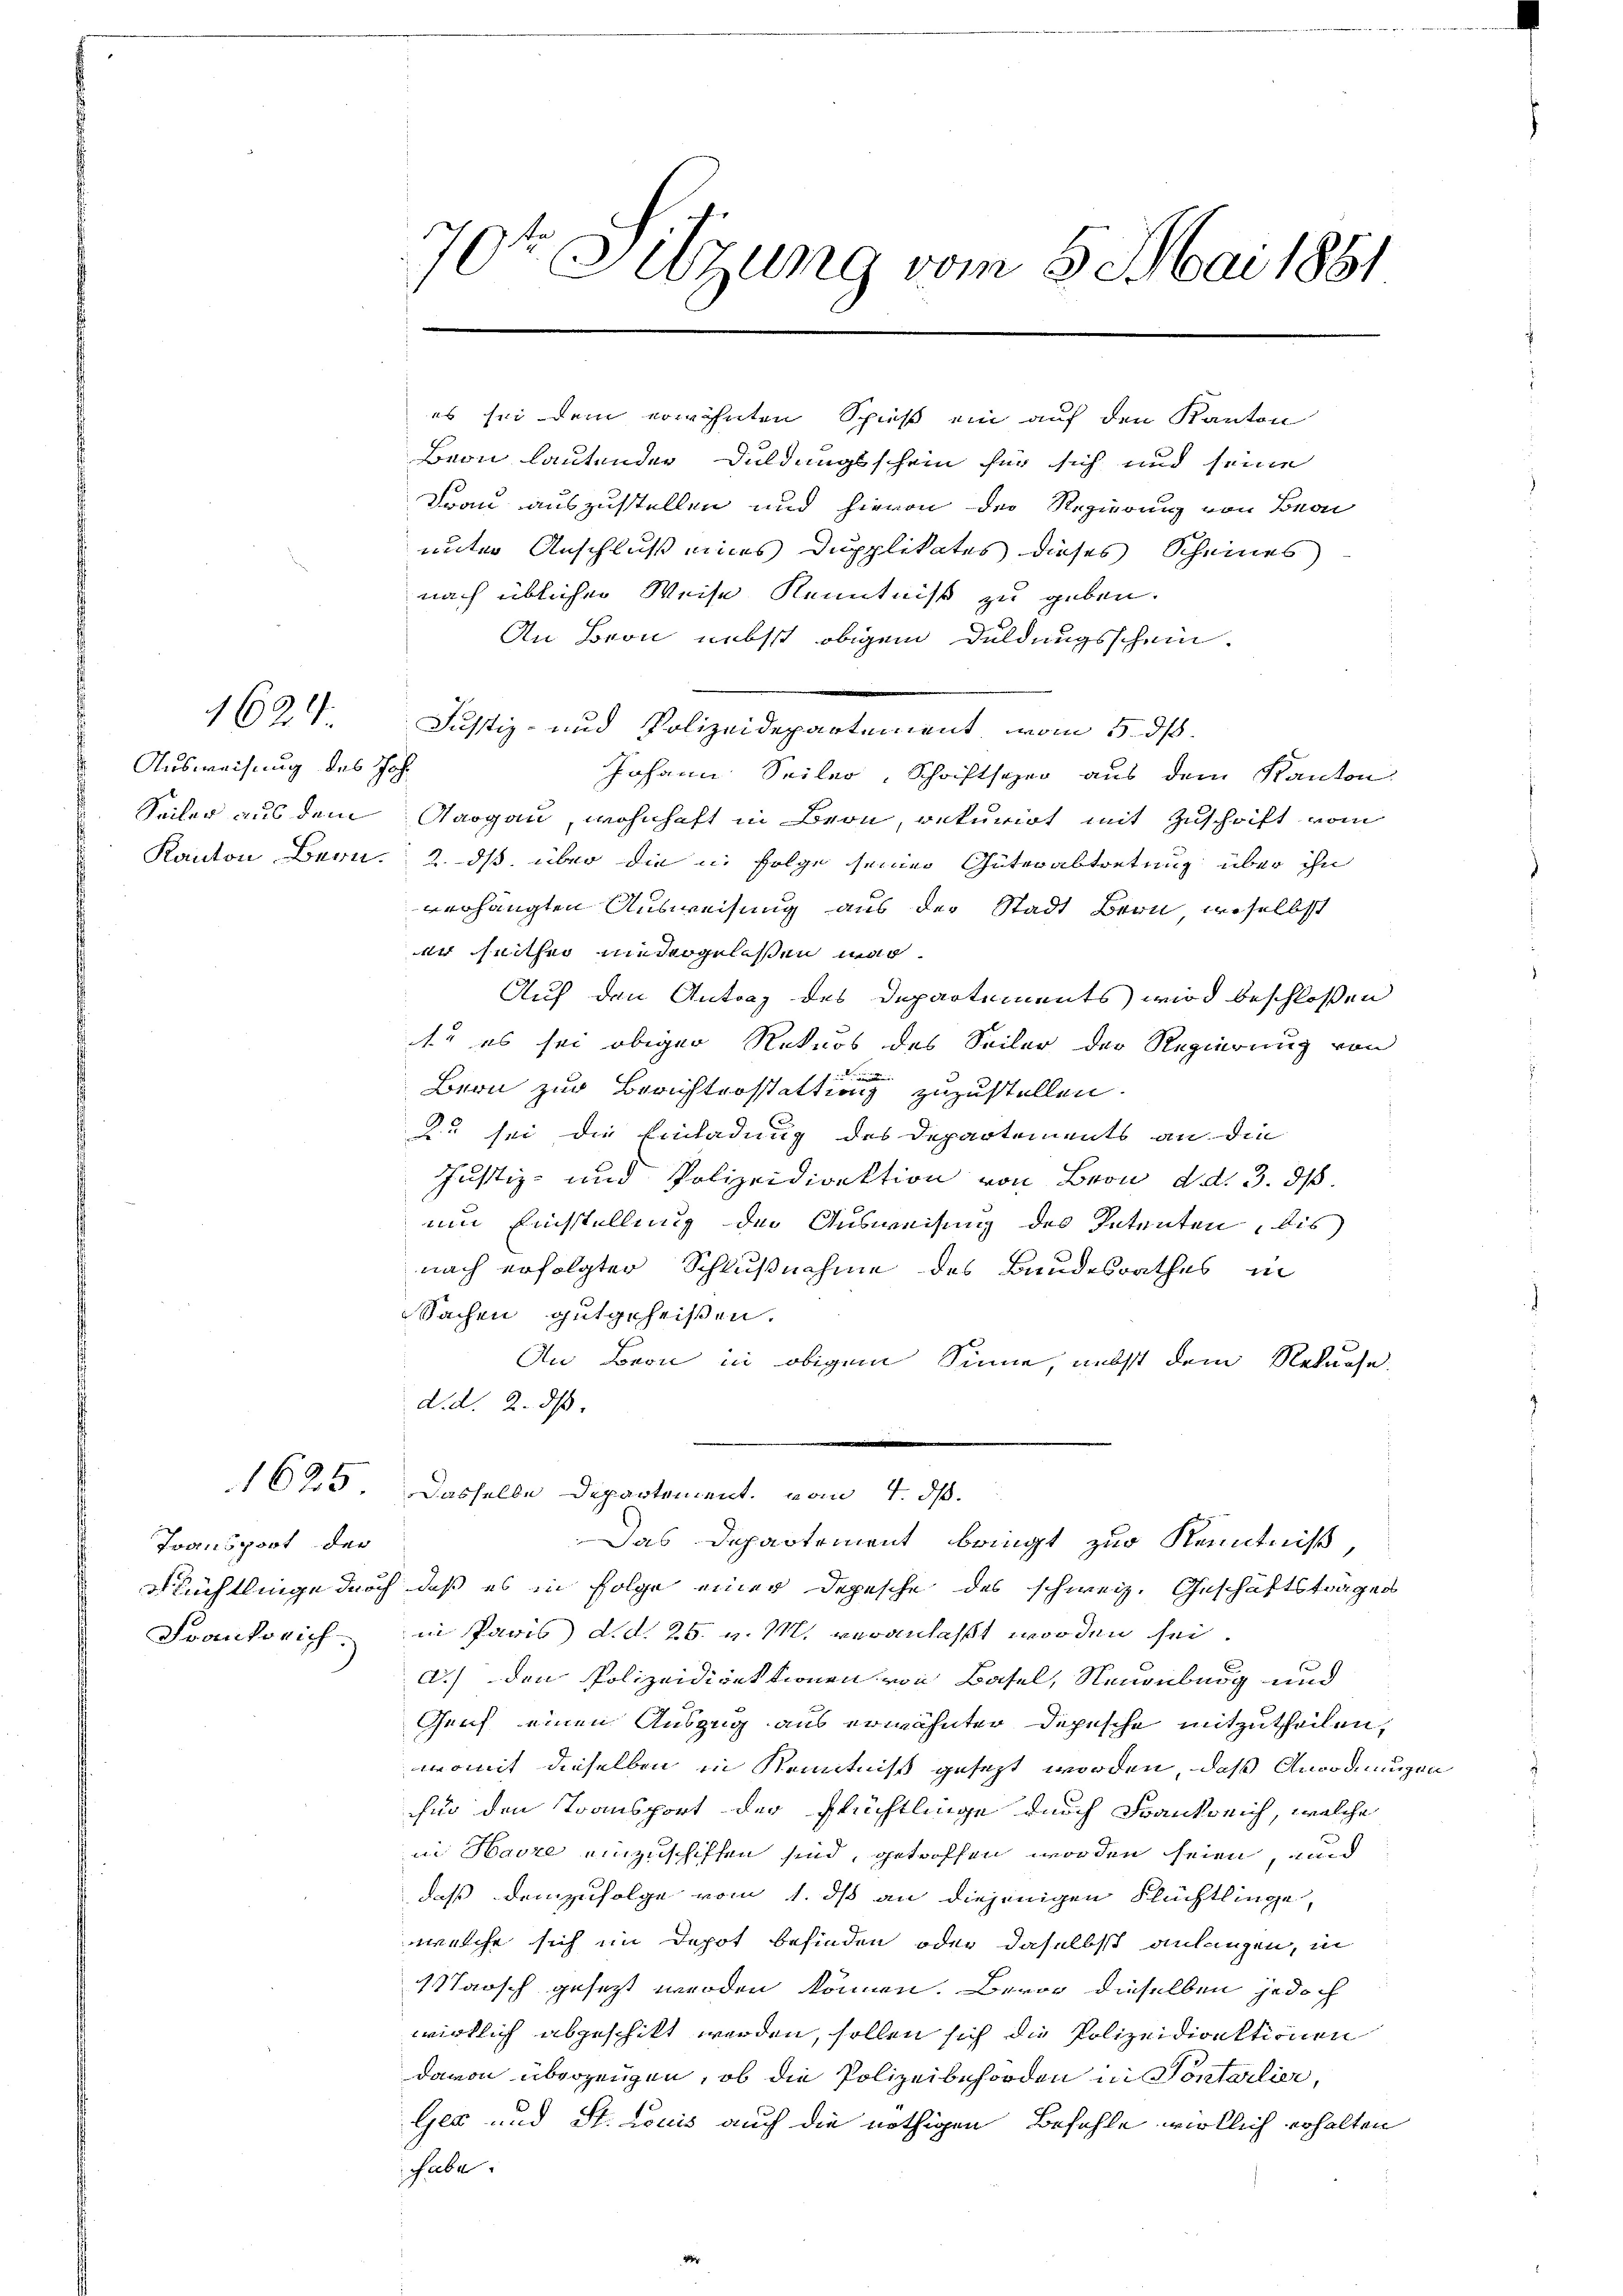
1620

Ausweisung des Joh.
Seiler aus dem

Transport der
Franksrich

70t Sitzung vom 5. Mai 1881

es sei dem erwähnten Spieß ein auf den Kanton
Beon lautender Duldungsschein für sich und seine
Frau auszustellen und hievon der Regierung von Bean
unter Anschluß eines Dupplikates dieses Scheines
nach üblicher Weise Kenntniß zu geben.
An Bron nebst obigem Duldungsschein.
Justiz- und Polizeidepartement vom 5. dß.
Johann Seiler, Schriftsper aus dem Kanton
Aargau, wohnhaft in Bern, rekurirt mit Zuschrift vom
Kanton Bern. 2. ds über die in Folge seiner Güterabtretung über ihn
verhängten Ausweisung aus der Stadt Bern, woselbst
er seither niedergelassen war.
Auf den Antrag des Departements wird beschloßen
st es sei obiger Rekurs des Seiler der Regierung von
Bern zur Berichterstattung zuzustellen.
u sei die Einladung des Departements an die
Justiz- und Polizeidirektion von Bern d. d. 3. 518.
um Einstellung der Ausweisung des Petenten, bis
nach erfolgter Schlußnahme des Bandesrathes in
Sachen gutgeheißen.
An Bron in obigem Sinne, nebst dem Rekurse.
d. d. 2. ds.
1625 dasselbe Departement vom 4. ds.
Das Departement bringt zur Kenntniß,
Flüchtlinge durch daß es in Folge einer Depesche des schweiz. Geschäftstragen
in Paris d.d. 25. v. M. veranlaßt worden sei.
d.) Den Polizeidirektionen von Basel, Neuenburg und
Genf einen Auszug aus erwähnter Depesche mitzutheilen,
womit dieselben in Kenntniß gesezt worden, daß Anordnungen
für den Transport der Flüchtlinge durch Frankreich, welche
in Havre einzuschiffen sind, getroffen worden seien, und
daß demzufolge vom 1. ds an diejenigen Flüchtlinge,
welche sich im Depot befinden, oder daselbst anlangen, in
aosch gesezt werden können. Baron dieselben jedoch
wirklich abgeschikt werden, sollen sich die Polizeidirektionen
davon überzeugen, ob die Polizeibehörden in Sontarlier,
Gla und St. Louis auch die nöthigen Befehle wirklich erhalten
habe.